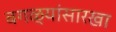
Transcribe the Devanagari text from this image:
बगळ्यांसारखा